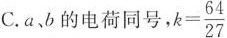
C. a 、b 的电荷同号$$k= \frac{ 6 4 }{ 2 7 }$$